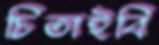
চিতাইবি